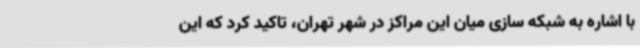
با اشاره به شبکه سازی میان این مراکز در شهر تهران، تاکید کرد که این